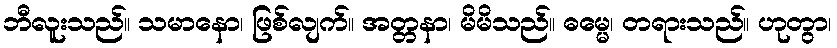
ဘီလူးသည်။ သမာနော၊ ဖြစ်လျက်။ အတ္တနာ၊ မိမိသည်။ ဓမ္မေ၊ တရားသည်။ ဟုတွာ၊